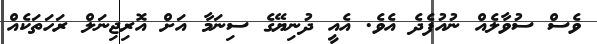
ވެސް ސުވާލެއް ނުއުފެދެ އެވެ. އެއީ ދުނިޔޭގެ ސިނަމާ އަށް އޮރިޖިނަލް ރަހަތަކެއް